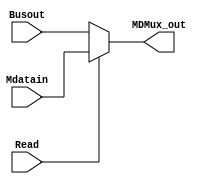
module MDR_Mux (input Read, input [31:0] Busout, Mdatain, output [31:0] MDMux_out);

assign MDMux_out = Read ? Mdatain : Busout;

endmodule